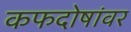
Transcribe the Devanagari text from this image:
कफदोषांवर